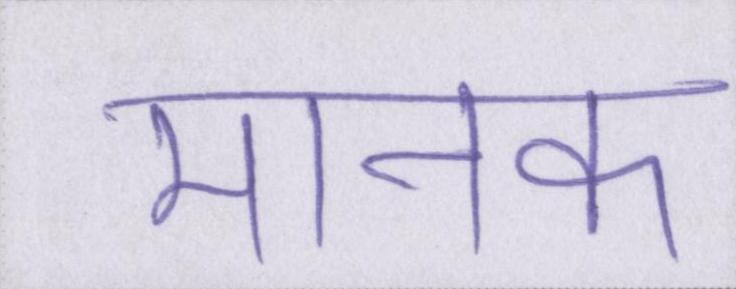
मानक